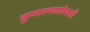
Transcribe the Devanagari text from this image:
कुमारच्याऐवजी